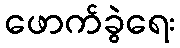
ဖောက်ခွဲရေး